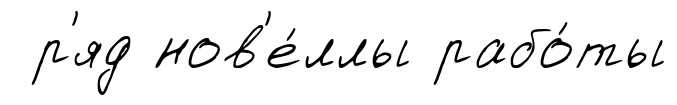
р'яд нов'е́ллы рабо́ты